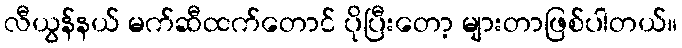
လီယွန်နယ် မက်ဆီထက်တောင် ပိုပြီးတော့ များတာဖြစ်ပါတယ်။